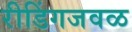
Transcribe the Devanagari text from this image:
रीडिंगजवळ